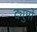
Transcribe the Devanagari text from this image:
द्युमों